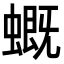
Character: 𧑂